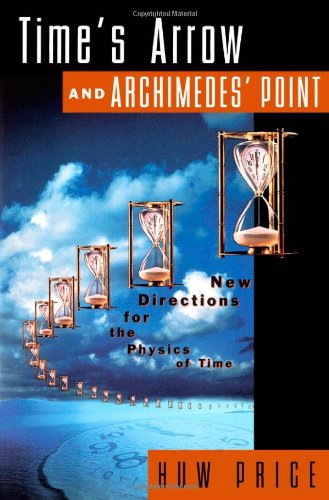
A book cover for Time's Arrow and Archimedes' Point: New Directions for the Physics of Time; Huw Price; Science & Math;